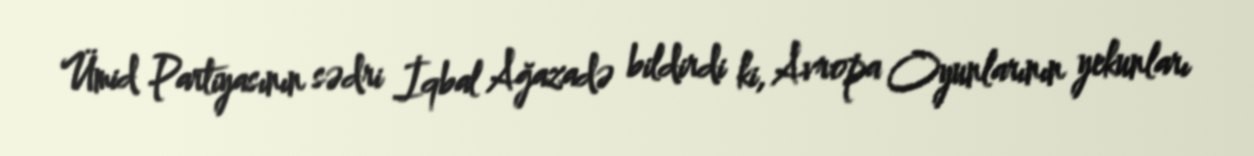
Ümid Partiyasının sədri İqbal Ağazadə bildirdi ki, Avropa Oyunlarının yekunları